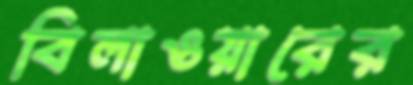
বিলাওয়ারের